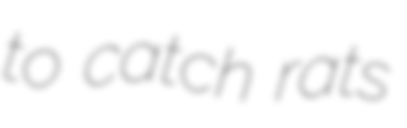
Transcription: to catch rats